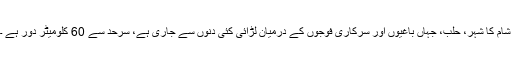
شام کا شہر، حلب، جہاں باغیوں اور سرکاری فوجوں کے درمیان لڑائی کئی دنوں سے جاری ہے، سرحد سے 60 کلومیٹر دور ہے ۔